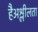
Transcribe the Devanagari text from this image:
हैअश्लीलता